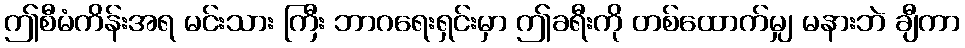
ဤစီမံကိန်းအရ မင်းသား ကြီး ဘာဂရေးရှင်းမှာ ဤခရီးကို တစ်ထောက်မျှ မနားဘဲ ချီကာ